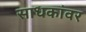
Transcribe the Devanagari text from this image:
साधकांवर